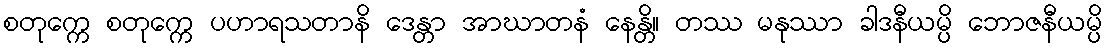
စတုက္ကေ စတုက္ကေ ပဟာရသတာနိ ဒေန္တာ အာဃာတနံ နေန္တိ။ တဿ မနုဿာ ခါဒနီယမ္ပိ ဘောဇနီယမ္ပိ